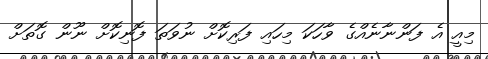
މިއީ އެ ފަންނާނެއްގެ ވާހަކަ މިހައި ފަރިކޮށް ނުވަތަ ފޮނިކޮށް ނޫން ގޮތަށް